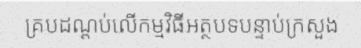
គ្របដណ្តប់លើកម្មវិធីអត្ថបទបន្ទាប់ក្រសួង